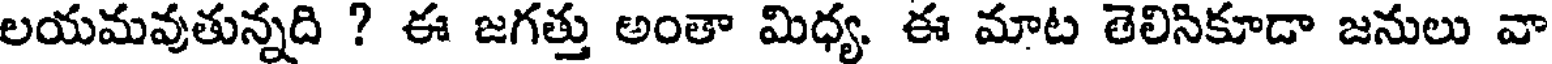
లయమవుతున్నది ? ఈ జగత్తు అంతా మిధ్య. ఈ మాట తెలిసికూడా జనులు వా